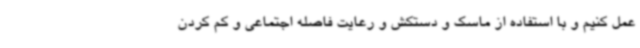
عمل کنیم و با استفاده از ماسک و دستکش و رعایت فاصله اجتماعی و کم کردن